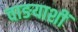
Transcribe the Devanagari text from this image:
वाङयाशीं